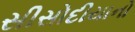
સીસોદીયાનો